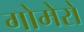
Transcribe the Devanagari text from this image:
गोमेरो